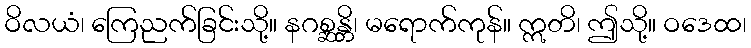
ဝိလယံ၊ ကြေညက်ခြင်းသို့။ နဂစ္ဆန္တိ၊ မရောက်ကုန်။ ဣတိ၊ ဤသို့။ ဝဒေထ၊